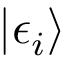
| \epsilon _ { i } \rangle